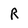
Character: R